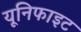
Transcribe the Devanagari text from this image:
यूनिफाइट